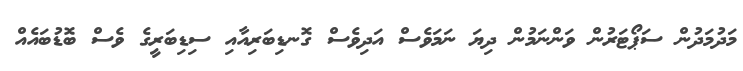
މަދުމަދުން ސަޕޯޓަރުން ވަންނަމުން ދިޔަ ނަމަވެސް އަދިވެސް ގޮނޑިބަރިއާއި ސިޑިބަރީގެ ވެސް ބޮޑުބައެއް